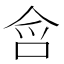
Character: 𭇥